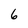
Character: 6